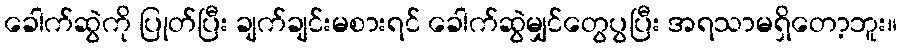
ခေါက်ဆွဲကို ပြုတ်ပြီး ချက်ချင်းမစားရင် ခေါက်ဆွဲမျှင်တွေပွပြီး အရသာမရှိတော့ဘူး။